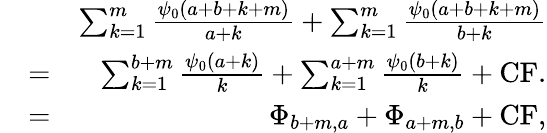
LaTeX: \begin{array}{rlr}&{}&{\sum_{k=1}^{m}\frac{\psi_{0}(a+b+k+m)}{a+k}+\sum_{k=1}^{m}\frac{\psi_{0}(a+b+k+m)}{b+k}}\\ &{=}&{\sum_{k=1}^{b+m}\frac{\psi_{0}(a+k)}{k}+\sum_{k=1}^{a+m}\frac{\psi_{0}(b+k)}{k}+\mathrm{CF}.}\\ &{=}&{\Phi_{b+m,a}+\Phi_{a+m,b}+\mathrm{CF},}\end{array}